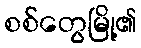
စစ်တွေမြို့၏